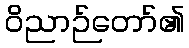
ဝိညာဉ်တော်၏